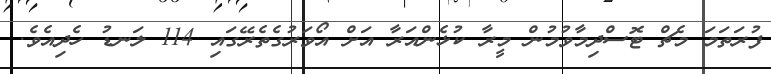
ފުރަތަމަ މެޗް ޓޮސްދިމާވުމުން މީރާ ކުޅެންއަރާ އަށް އޯވަރުގެތެރޭގައި 114 ލަނޑު ހެދިއެވެ.